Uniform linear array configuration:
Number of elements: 24
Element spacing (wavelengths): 1
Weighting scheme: blackman
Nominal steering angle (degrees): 60
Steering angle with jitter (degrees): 59.743
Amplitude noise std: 0.05
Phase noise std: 0.05

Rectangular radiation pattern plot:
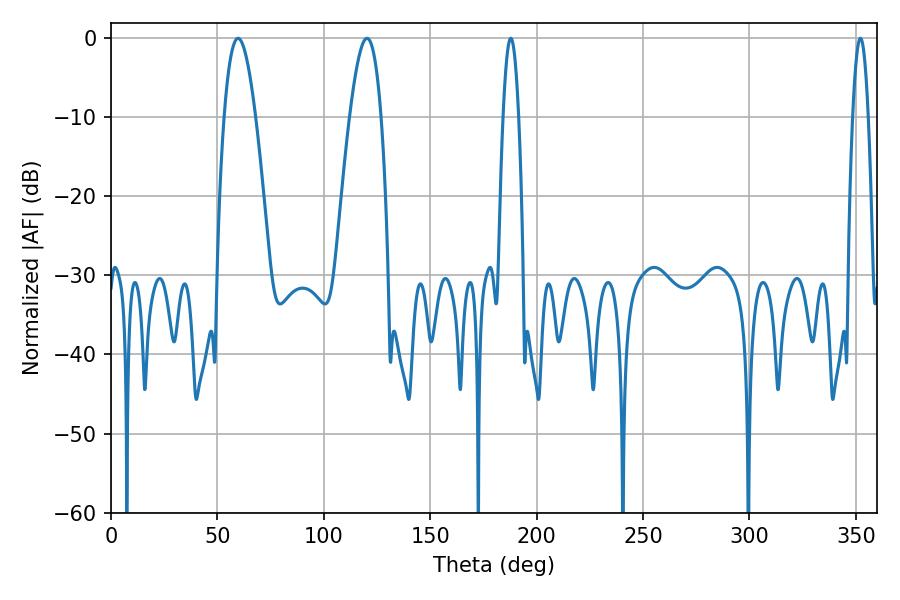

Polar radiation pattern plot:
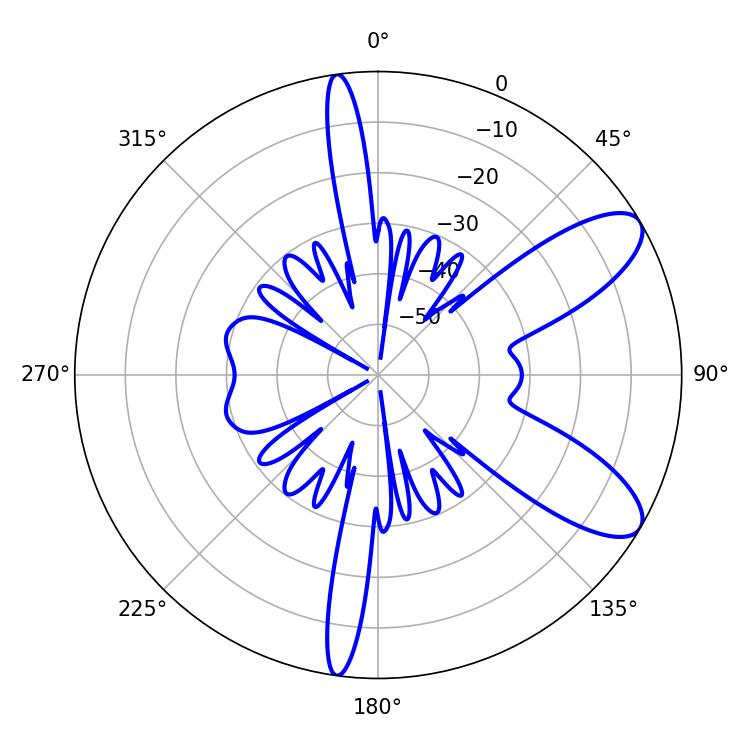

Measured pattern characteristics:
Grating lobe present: TRUE
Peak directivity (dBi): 9.17
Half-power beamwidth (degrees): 7.92
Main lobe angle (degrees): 59.76